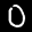
Label: 0